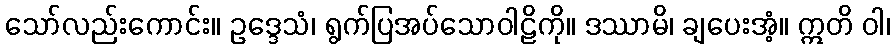
သော်လည်းကောင်း။ ဥဒ္ဒေသံ၊ ရွက်ပြအပ်သောဝါဠိကို။ ဒဿာမိ၊ ချပေးအံ့။ ဣတိ ဝါ၊